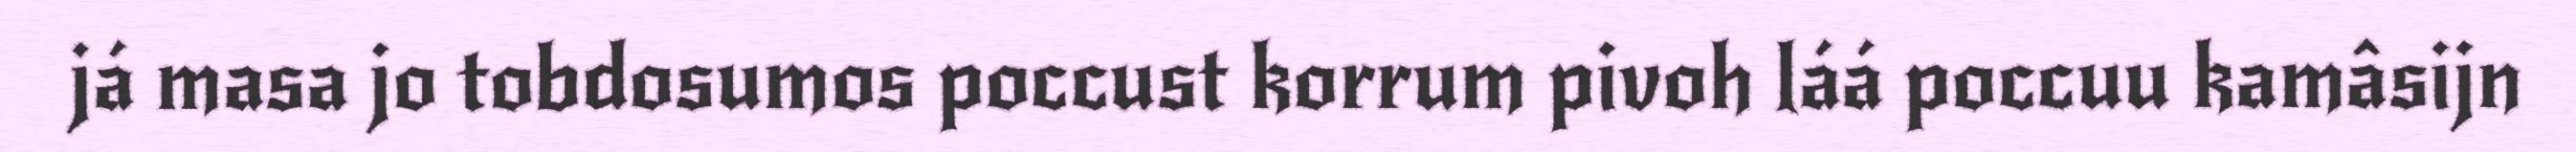
já masa jo tobdosumos poccust korrum pivoh láá poccuu kamâsijn